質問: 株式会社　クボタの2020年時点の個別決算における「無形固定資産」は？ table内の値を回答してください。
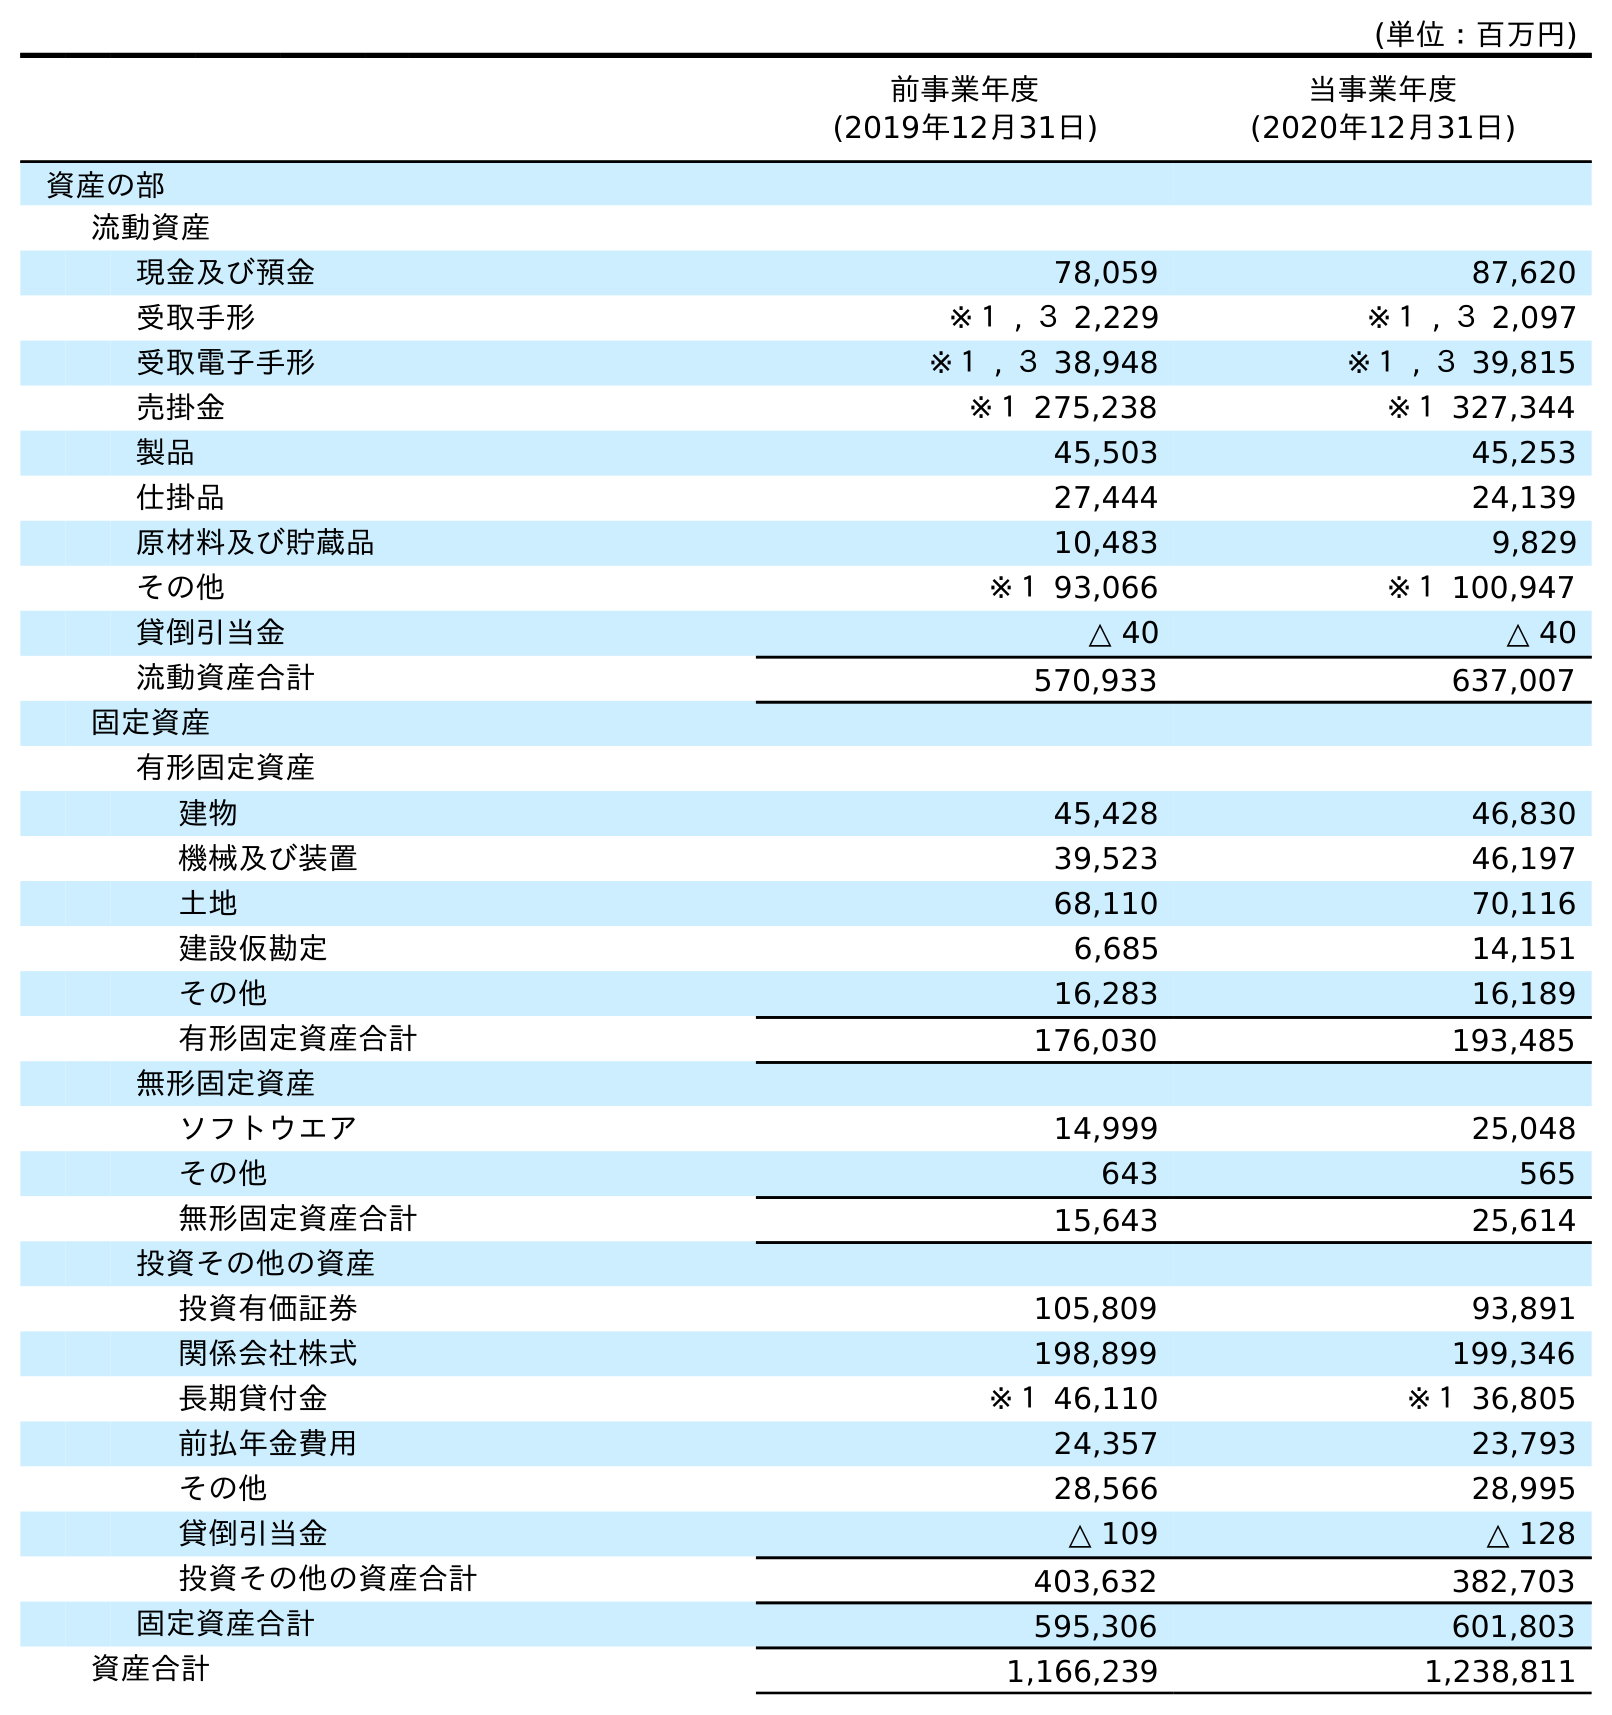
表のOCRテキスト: (単位：百万円) 前事業年度 (2019年12月31日) 当事業年度 (2020年12月31日) 資産の部 流動資産 現金及び預金 78,059 87,620 受取手形 ※１ , ３ 2,229 ※１ , ３ 2,097 受取電子手形 ※１ , ３ 38,948 ※１ , ３ 39,815 売掛金 ※１ 275,238 ※１ 327,344 製品 45,503 45,253 仕掛品 27,444 24,139 原材料及び貯蔵品 10,483 9,829 その他 ※１ 93,066 ※１ 100,947 貸倒引当金 △ 40 △ 40 流動資産合計 570,933 637,007 固定資産 有形固定資産 建物 45,428 46,830 機械及び装置 39,523 46,197 土地 68,110 70,116 建設仮勘定 6,685 14,151 その他 16,283 16,189 有形固定資産合計 176,030 193,485 無形固定資産 ソフトウエア 14,999 25,048 その他 643 565 無形固定資産合計 15,643 25,614 投資その他の資産 投資有価証券 105,809 93,891 関係会社株式 198,899 199,346 長期貸付金 ※１ 46,110 ※１ 36,805 前払年金費用 24,357 23,793 その他 28,566 28,995 貸倒引当金 △ 109 △ 128 投資その他の資産合計 403,632 382,703 固定資産合計 595,306 601,803 資産合計 1,166,239 1,238,811
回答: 25,614